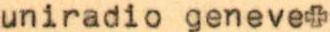
uniradio geneve+